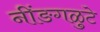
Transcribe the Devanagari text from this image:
नींङगळुटे